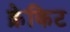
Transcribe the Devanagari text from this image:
क्रेकिट